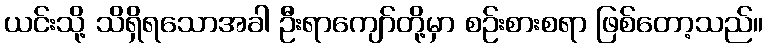
ယင်းသို့ သိရှိရသောအခါ ဦးရာကျော်တို့မှာ စဉ်းစားစရာ ဖြစ်တော့သည်။